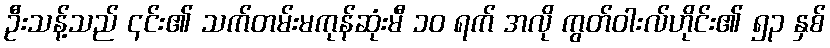
ဦးသန့်သည် ၎င်း၏ သက်တမ်းမကုန်ဆုံးမီ ၁၀ ရက် အလို ကွတ်ဝါးလ်ဟိုင်း၏ ၅၃ နှစ်